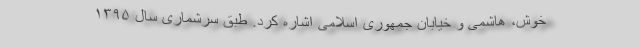
خوش، هاشمی و خیابان جمهوری اسلامی اشاره کرد. طبق سرشماری سال ۱۳۹۵